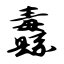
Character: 纛